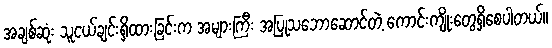
အချစ်ဆုံး သူငယ်ချင်းရှိထားခြင်းက အများကြီး အပြုသဘောဆောင်တဲ့ ကောင်းကျိုးတွေရှိစေပါတယ်။